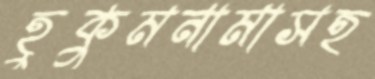
হুকুমনামাসহ